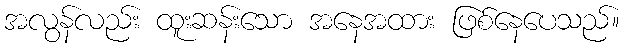
အလွန်လည်း ထူးဆန်းသော အနေအထား ဖြစ်နေပေသည်။